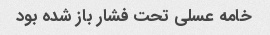
خامه عسلی تحت فشار باز شده بود